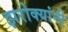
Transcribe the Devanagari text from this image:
झरोक्यांनी